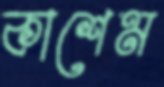
কাশেম